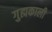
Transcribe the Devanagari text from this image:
गुह्मकाली